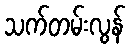
သက်တမ်းလွန်